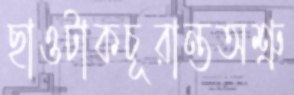
ছাওটাকচূরান্তঅশ্রু